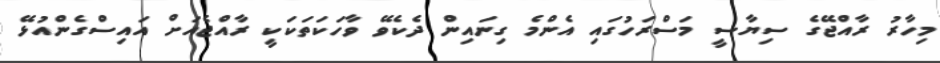
މިހާރު ރާއްޖޭގެ ސިޔާސީ މަސްރަހުގައި އެންމެ ގިނައިން ދެކެވޭ ވާހަކަތަކަކީ ރާއްޖެއަށް އައިސްގެންއުޅޭ